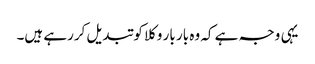
یہی وجہ ہے کہ وہ بار بار وکلا کو تبدیل کررہے ہیں۔